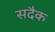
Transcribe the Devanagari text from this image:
सदैक